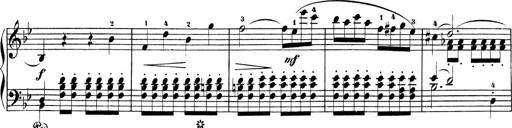
Title: Sonatinen Op.47, 98 und 136, nebst 6 Liedersonatinen
Composer: Carl Reinecke